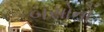
બસોનો